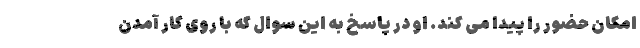
امکان حضور را پیدا می کند. او در پاسخ به این سوال که با روی کار آمدن